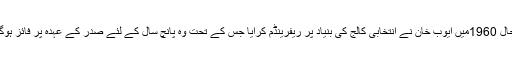
بہرحال 1960میں ایوب خان نے انتخابی کالج کی بنیاد پر ریفرینڈم کرایا جس کے تحت وہ پانچ سال کے لئے صدر کے عہدہ پر فائز ہوگئے۔